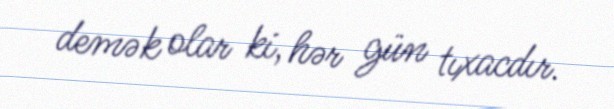
demək olar ki, hər gün tıxacdır.